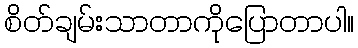
စိတ်ချမ်းသာတာကိုပြောတာပါ။